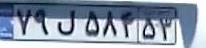
۷۹ل۵۸۴۵۳